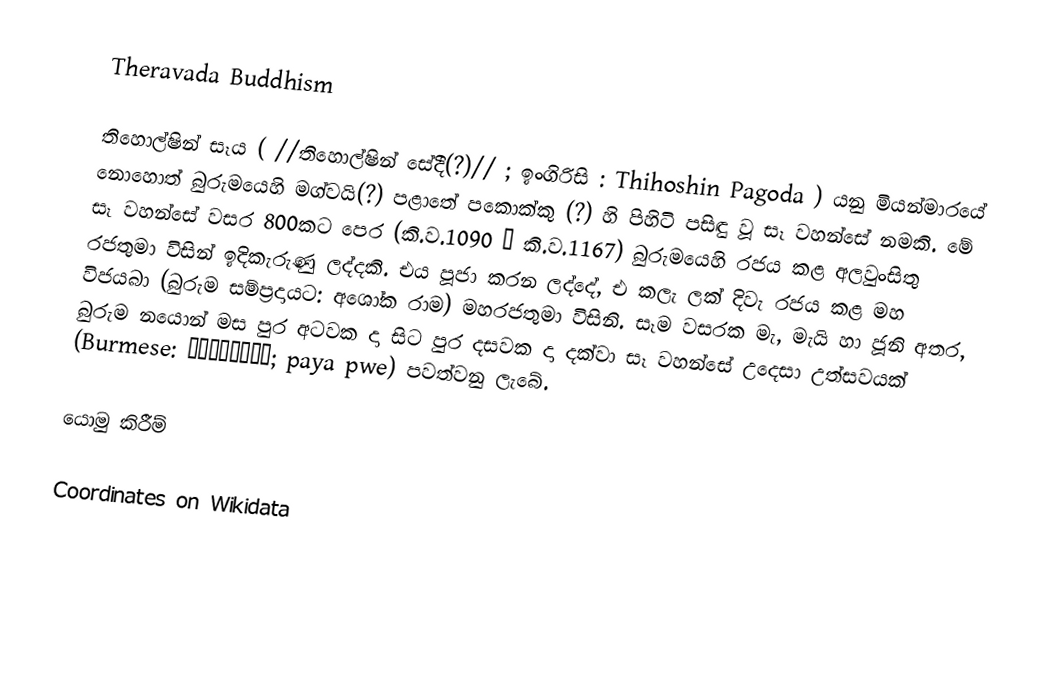
Theravada Buddhism

තිහොල්ෂින් සෑය (  //තිහොල්ෂින් සේදී(?)// ; ඉංගිරිසි : Thihoshin Pagoda ) යනු මියන්මාරයේ නොහොත් බුරුමයෙහි මග්වයි(?) පළාතේ පකොක්කු (?) හි පිහිටි පසිඳු වූ සෑ වහන්සේ නමකි. මේ සෑ වහන්සේ වසර 800කට පෙර (කි.ව.1090 – කි.ව.1167) බුරුමයෙහි රජය කළ අලවුංසිතු රජතුමා විසින් ඉදිකැරුණු  ලද්දකි. එය පූජා කරන ලද්දේ, එ කලැ ලක් දිවැ රජය කළ මහ විජයබා (බුරුම සම්ප්‍රදායට: අශෝක රාම) මහරජතුමා විසිනි.  සෑම වසරක මැ, මැයි හා ජූනි අතර, බුරුම නයොන් මස පුර අටවක දා සිට පුර දසවක දා දක්වා සෑ වහන්සේ උදෙසා උත්සවයක් (Burmese: ဘုရားပွဲ; paya pwe) පවත්වනු ලැබේ.

යොමු කිරීම්

Coordinates on Wikidata